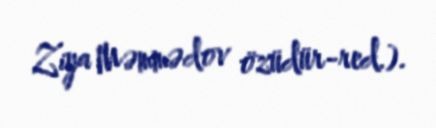
Ziya Məmmədov özüdür-red.).